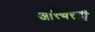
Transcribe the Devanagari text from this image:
अस्थिरही